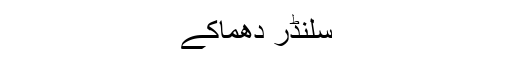
سلنڈر دھماکے